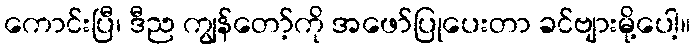
ကောင်းပြီ၊ ဒီည ကျွန်တော့်ကို အဖော်ပြုပေးတာ ခင်ဗျားမို့ပေါ့။